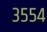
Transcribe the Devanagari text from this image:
३५५४